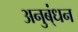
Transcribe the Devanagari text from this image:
अनुब्ंधन